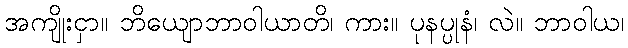
အကျိုးငှာ။ ဘိယျောဘာဝါယာတိ၊ ကား။ ပုနပ္ပုနံ၊ လဲ။ ဘာဝါယ၊